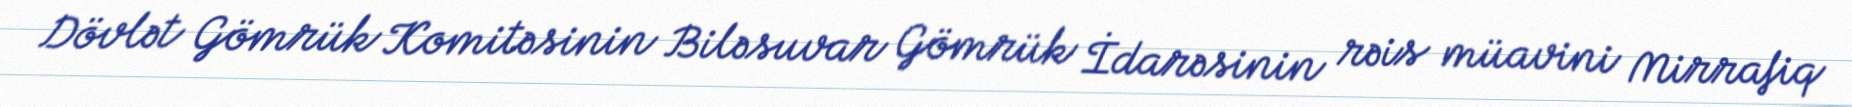
Dövlət Gömrük Komitəsinin Biləsuvar Gömrük İdarəsinin rəis müavini Mirrafiq